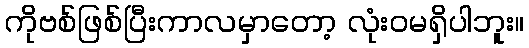
ကိုဗစ်ဖြစ်ပြီးကာလမှာတော့ လုံးဝမရှိပါဘူး။